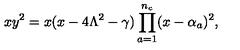
x y ^ { 2 } = x ( x - 4 \Lambda ^ { 2 } - \gamma ) \prod _ { a = 1 } ^ { n _ { c } } ( x - \alpha _ { a } ) ^ { 2 } ,